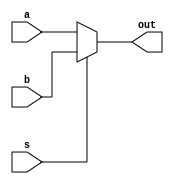
`timescale 1ns / 1ps
//////////////////////////////////////////////////////////////////////////////////
// Name: P ANUSHA 
// Name: P V S L Hari Chandana
// GROUP NO: 47
// Design Name: 
// Module Name:    processor 
// Project Name: 
// Target Devices: 
// Tool versions: 
// Description: 
//
// Dependencies: 
//
// Revision: 
// Revision 0.01 - File Created
// Additional Comments: 
//
//////////////////////////////////////////////////////////////////////////////////

module mux32bit_2_to_1(input[31:0] a, input[31:0] b, output reg[31:0] out, input s);
always@(*)
begin
  if(s)
    out = b;
  else
    out = a;
end
endmodule

module mux5bit_2_to_1(input[4:0] a, input[4:0] b, output reg[4:0] out, input s);
always@(*)
begin
  if(s)
    out = b;
  else
    out = a;
end
endmodule

//changed
module DFF(out, in, reset, clock);
	output out;
	input in;
	//input e;
	input reset;
	input clock;
	(*keep = "true"*) reg mem;
	always @(posedge clock) begin 
		if (reset == 1) 
			mem <= 1'b0; 
		else 
			mem <= in; 
	end 
	assign out = mem;
endmodule

module DFF32bit(out, in, reset, clock);
	output[31:0] out;
	input[31:0] in;
	//input e;
	input reset;
	input clock;
	(*keep = "true"*) reg mem;
	always @(posedge clock) begin 
		if (reset == 1) 
			mem <= 1'b0; 
		else 
			mem <= in; 
	end 
	assign out = mem;
endmodule

module alu(input[31:0] a, input[31:0] b, output reg[31:0] out, input[2:0] alu_cntrl,
			output reg zflag, output reg overflowflag, 
			output reg signflag, output reg carryflag
			 );
always@(*)
begin
	overflowflag =1'b0;
	zflag = 1'b0;
	signflag = 1'b0;
	carryflag = 1'b0;
case(alu_cntrl)
	3'b000: 
		begin
		out = a+b;
		overflowflag = a[31] & b[31] & ~out[31] | ~a[31] & ~b[31] & out[31];
		carryflag = a[31]^b[31]^out[31];
		zflag = (out== 0) ? 1'b1:1'b0;
		signflag = out[31];
		end
	3'b001: out= a-b;
	3'b010: 
		begin
		out = -b;
		zflag = (out== 0) ? 1'b1:1'b0;
		signflag = out[31];
		end
	3'b011: 
		begin
		out = a&b;
		zflag = (out==0) ? 1'b1:1'b0;
		signflag = out[31];
		end
	3'b100:
		begin 
		out = a^b;
		zflag = (out==0) ? 1'b1:1'b0;
		signflag = out[31];
		end
	3'b101: out = a<<b;
	3'b110: out = a>>b;
	3'b111: out = a>>>b;
	default: out = a+b;
endcase
	//signflag = out[31];
	$strobe("%t: i1= %b i2=%b alu output %b ", $time,a,b, out);
	$strobe("%t: signflag %b ", $time, signflag);
	//overflowflag = a[31] & b[31] & ~out[31] | ~a[31] & ~b[31] & out[31];
	//carryflag = a[31]^b[31]^out[31];
	
end
endmodule

module mux5bit_4_to_1(input[4:0] in1,input[4:0] in2, input[4:0] in3, output reg[4:0] out , input[1:0] sel);
always@(*)
begin
if(sel == 2'b00)
out = in1;
else if(sel == 2'b01)
out = in2;
else if(sel == 2'b10)
out = in3;
else 
out = in1;
end
endmodule


module alucontrol(input[5:0] opcode, output reg[2:0] alu_cntrl);

always@(opcode)
begin
casex(opcode)
  //6'b100xxx: alu_cntrl = 3'b001;
  //6'b101010: alu_cntrl = 3'b000;
  6'b0x0000: alu_cntrl = 3'b000; //optimise xx0000
  6'b01001x: alu_cntrl = 3'b000;
  6'b0x0001: alu_cntrl = 3'b010;
  6'b000010: alu_cntrl = 3'b011;
  6'b000011: alu_cntrl = 3'b100;
  6'b0001x0: alu_cntrl = 3'b101;
  6'b0001x1: alu_cntrl = 3'b110;
  6'b00100x: alu_cntrl = 3'b111;
  default : alu_cntrl = 3'b000;
endcase
end 
endmodule
/*
module registerBank(
 input    clk,
 // write port
 input    reg_write_en,
 //input  [4:0] reg_write_dest,
 input  [31:0] reg_write_data,
 //read port 1
 input  [4:0] reg_read_addr_1,
 output  [31:0] reg_read_data_1,
 //read port 2
 input  [4:0] reg_read_addr_2,
 output  [31:0] reg_read_data_2
);
 reg [31:0] reg_array [4:0];
 integer i;
 // write port
 //reg [2:0] i;
 initial begin
  for(i=0;i<32;i=i+1)
   reg_array[i] <= 32'd0;
 end
 always @ (posedge clk ) begin
   if(reg_write_en) begin
    reg_array[reg_write_dest] <= reg_write_data;
   end
 end
 
 assign reg_read_data_1 = reg_array[reg_read_addr_1];
 assign reg_read_data_2 = reg_array[reg_read_addr_2];

endmodule
*/
module Control_Unit(
      input[5:0] opcode,
      output reg[2:0] alu_op,
		output reg[2:0] flag,
    output reg[1:0] call,
      output reg jump,branch,mem_read,mem_write,alu_src,mem_to_reg,reg_write,ret , ra_write, add_calc 
    );


always @(*)
begin
  alu_src = 0;mem_to_reg=0;reg_write=0;mem_read=0;mem_write=0;alu_op=3'b0;jump=0;branch=0;ret=0;call=2'b00;
  add_calc=0;ra_write=0;flag=3'b000;
 case(opcode) 
 6'b010010:  // LW
   begin
    alu_src = 1'b1;
   call = 2'b10;
    mem_to_reg = 1'b1;
    reg_write = 1'b1;
    mem_read = 1'b1;
   alu_op=3'b000;
   end
 6'b010011:  // SW
   begin
    alu_src = 1'b1;
    mem_write = 1'b1;
   alu_op=3'b000;
   end
 6'b000000:  // add
   begin
    reg_write = 1'b1;
   alu_op=3'b000;
   end
 6'b000001:  // comp
   begin
    reg_write = 1'b1;
    alu_op = 3'b010;
   end
 6'b000010:  // and
   begin
    reg_write = 1'b1;
    alu_op = 3'b011;
   end
 6'b000011:  // xor
   begin
    reg_write = 1'b1;
    alu_op = 3'b100;
   end
 6'b010000:  // addi
   begin
    alu_src = 1'b1;
    reg_write = 1'b1;
   alu_op = 3'b000;
   end
 6'b010001:  // compi
   begin
    alu_src = 1'b1;
    reg_write = 1'b1;
    alu_op = 3'b010;
   end
 6'b000100:  //shll
   begin
    alu_src = 1'b1;
    reg_write = 1'b1;
    alu_op = 3'b101;
   end
 6'b000101:  // shrl
   begin
    alu_src = 1'b1;
    reg_write = 1'b1;
    alu_op = 3'b110;
   end
 6'b010001:  // shllv
   begin
    reg_write = 1'b1;
    alu_op = 3'b101;
   end
 6'b000111:  // shrlv
   begin
    reg_write = 1'b1;
    alu_op = 3'b110;
   end
 6'b001000:  // shra
   begin
    alu_src = 1'b1;
    reg_write = 1'b1;
    alu_op = 3'b111;
   end  
  6'b001001:  // shrav
   begin
    reg_write = 1'b1;
    alu_op = 3'b111;
   end 
  6'b101000:  // b
   begin
    jump = 1'b1; 
   end 
  6'b101001:  // br
   begin
   jump = 1'b1;
   add_calc = 1'b1;  
   end 
  6'b100000: //bz
  begin
    branch = 1'b1;
    flag = 3'b00;
  end
  6'b100001:   //bnz
  begin
    branch = 1'b1;
    flag = 3'b001;
  end
  6'b100010:   //bcy
  begin
    branch = 1'b1;
    flag = 3'b010;
  end
  6'b100011:   //bncy
  begin
    branch = 1'b1;
    flag = 3'b011;
  end
  6'b100100:   //bs
  begin
    branch = 1'b1;
    flag = 3'b100;
  end
  6'b100101:   //bns
  begin
    branch = 1'b1;
    flag = 3'b101;
  end
  6'b100110:   //bv
  begin
    branch = 1'b1;
    flag = 3'b110;
  end
  6'b100111:   //bnv
  begin
    branch = 1'b1;
    flag = 3'b111;
  end
  6'b101000:   //call
  begin
    jump = 1'b1;
    call = 2'b01;
    reg_write=1'b1;
    ra_write=1'b1;
  end
  6'b101011:   //ret
  begin
    jump = 1'b1;
    ret = 1'b1;
  end
 default: begin
    reg_write = 1'b1;
	 alu_op = 3'b000;
   end
 endcase
 end

endmodule

module sign_extension(input[15:0] in , output reg[31:0] out);
always@(*)
begin
 if(in[15] == 1'b0)
 out = {16'b0 , in};
 else
 out = {16'b1111111111111111,in};
 $strobe("%t: sign-extension output %b ", $time, out);
end
endmodule



module ProgramCounter(clk, reset, jump_addr, pc,sel);
	parameter	size=32;
	input		clk;
	input		reset;
	input[31:0] jump_addr;
	wire    [size-1:0] pc_next;
	output	[size-1:0]	pc;
	input 	sel;

	//	The outputs are defined as registers too
	reg	[size-1:0]	pc;
	
	initial 
	begin
		pc = -1;
	end

	mux32bit_2_to_1 M_pc(pc+1, jump_addr, pc_next, sel );


	always @(posedge clk)
	begin
		if (reset)
			pc = -1;
		else
			pc = pc_next; //pc_next is mux output
	end

	always @(posedge clk)
	begin
		$strobe("%3d: PC: %d ", $time,pc);
	end
endmodule
//

module RegisterFile(clk, reset,
							reg_write, 
							read_reg_1,read_reg_2,
							write_register,
							write_data,
							read_data_1,read_data_2);

	 parameter size=32;
	 input    clk;
	 input    reset;

	 // write port
	 input  reg_write;
	 input  [4:0] write_register;
	 input  [size-1:0] write_data;

	 //read port 1
	 input  [4:0]  read_reg_1;
	 output   [size-1:0] read_data_1;

	 //read port 2
	 input  [4:0]  read_reg_2;
	 output  [size-1:0] read_data_2;

	 reg [size-1:0] RF [size-1:0] ;
	 
	
	 integer i,j;
	 // write port

	 assign read_data_2 = RF[read_reg_2];
	 assign read_data_1 = RF[read_reg_1];
//

	 always @(posedge clk )
	 begin
		if (reset)
		begin
			for(i=0;i<size;i=i+1)
				RF[i] = 32'b00000000000000000000000000000000;
		end
		if(reg_write) 
		begin
		   RF[write_register] = write_data;
		   $display("%t: Write_reg %d Write Data %b", $time, write_register, write_data);
		end
	 end
		//assign RF[30] = 32'b0; 
		//$strobe("%t: Read Values1 RF(%d)  %b ", $time, read_reg_1, read_data_1);
		//$strobe("%t: Read Values2 RF(%d)  %b ", $time, read_reg_2, read_data_2);
	/*
	 always @(clk)
	 begin
		$strobe("%t: Read Values1 RF(%d)  %b ", $time, read_reg_1, read_data_1);
		$strobe("%t: Read Values2 RF(%d)  %b ", $time, read_reg_2, read_data_2);
		$strobe("%t: RF(%d)  %b ", $time,0, RF[0]);
		$strobe("%t: RF(%d)  %b ", $time,1, RF[1]);
		$strobe("%t: RF(%d)  %b ", $time,2, RF[2]);
		//$strobe("%t: RF(%d)  %b \n\n", $time,31, RF[31]);
	 end
	 */
endmodule


module instructionMemory(PC,dataOut,reset);
	input[31:0] PC;
	input reset;
	
	output wire[31:0]  dataOut;
	reg[31:0] memory[0:63];

	assign dataOut = memory[PC];

	always @(*)
	begin
		if(reset == 1'b1) begin
			/*memory[0] = 32'b01001000000000010000000000000000;
			//memory[1] = 32'b01001000000000100000000000000001;
			memory[2] = 32'b01000000001000001111111111111111;
			memory[3] = 32'b01001100000000010000000000000010;*/
			//memory[4] = 32'b00001000010000010000000000000000;
			//memory[5] = 32'b01001100000000100000000000000011;
			//memory[4] = 32'b10100000000000000000000000000110;
			//memory[6] = 32'b01000000010000000000000000000011;
			//memory[7] = 32'b01001100000000100000000000000100;
			
			
			memory[0] = {6'b010010, 5'b11110, 5'b00111, 16'b0000000000000001};
			memory[1] = {6'b010010, 5'b11110, 5'b00000, 16'b0000000000000000};
			memory[2] = {6'b010000, 5'b00000, 5'b00000, 16'b0000000000000001};//this is loop1
			memory[3] = {6'b000001, 5'b01000, 5'b00111, 16'b0000000000000000};
			memory[4] = {6'b010010, 5'b11110, 5'b01001, 16'b0000000000000000};
			
			memory[5] = {6'b000011, 5'b01001, 5'b00000, 16'b0000000000000000};
			memory[6] = {6'b000000, 5'b01001, 5'b01000, 16'b0000000000000000};
			memory[7] = {6'b100100, 10'b0, 16'b1010};  //label1
			memory[8] = {6'b000011, 5'b01001, 5'b11110, 16'b0000000000000000};
			memory[9] = {6'b100001, 10'b0, 16'b100001}; //goto end
			memory[10] = {6'b010010, 5'b11110, 5'b00001, 16'b0000000000000000};//this is label1
			memory[11] = {6'b000000, 5'b00001, 5'b00111, 16'b0000000000000000};
			memory[12] = {6'b000001, 5'b01010, 5'b00001, 16'b0000000000000000};//this is loop2
			memory[13] = {6'b010010, 5'b11110, 5'b01011, 16'b0000000000000000};
			memory[14] = {6'b000011, 5'b01011, 5'b00000, 16'b0000000000000000};
			
			memory[15] = {6'b000000, 5'b01011, 5'b01010, 16'b0000000000000000};
			memory[16] = {6'b100101, 10'b0,16'b10}; //goto loop1
			
			memory[17] = {6'b010000, 5'b00001, 5'b00000, 16'b1111111111111111};
			memory[18] = {6'b010010, 5'b11110, 5'b00100, 16'b0 };
			
			memory[19] = {6'b000011, 5'b00100, 5'b00001, 16'b0000000000000000};
			
			memory[20] = {6'b010010, 5'b11110, 5'b00011, 16'b0000000000000000};
			memory[21] = {6'b000011, 5'b00011, 5'b00100, 16'b0000000000000000};
			
			memory[22] = {6'b010000, 5'b00011, 5'b00000, 16'b1111111111111111};
			
			//memory[22] = {6'b010000, 5'b00100, 5'b00000, 16'b0000000000000010};
			//memory[23] = {6'b010000, 5'b00011, 5'b00000, 16'b0000000000000010};
			
			memory[23] = {6'b010010, 5'b00100, 5'b00101, 16'b0000000000000010};
			memory[24] = {6'b010010, 5'b00011, 5'b00110, 16'b0000000000000010};
			
			memory[25] = {6'b000001, 5'b01000, 5'b00110, 16'b0000000000000000};
			memory[26] = {6'b010010, 5'b11110, 5'b01001, 16'b0000000000000000};
			memory[27] = {6'b000011, 5'b01001, 5'b00101, 16'b0000000000000000};
		
			memory[28] = {6'b000000, 5'b01001, 5'b01000, 16'b0000000000000000};
			memory[29] = {6'b100101, 10'b0, 16'b1100}; //goto loop2
			
			memory[30] = {6'b010011, 5'b00011, 5'b00101, 16'b0000000000000010}; //swap	
			memory[31] = {6'b010011, 5'b00100, 5'b00110, 16'b0000000000000010};
			
			memory[32] = {6'b101000, 10'b0, 16'b1100}; //goto loop2
			memory[33] = {6'b000000, 5'b00000, 5'b00000, 16'b0000000000000000};	//this is end	
				
		end
	end
	always@(*)
	begin
	$strobe("instruction: %b",dataOut);
	end
	
endmodule


module dataMemory(clk, Addr,dataOut,reset,dataIn,memwrite);
	input[31:0] Addr;
	input clk;
	input memwrite;
	input reset;
	input[31:0] dataIn;
	output wire[31:0]  dataOut;
	reg[31:0] memory[0:63];

	assign dataOut = memory[Addr];
	always @(posedge clk) begin
		if(reset == 1'b1) begin
		
			memory[0] = 32'b00000000000000000000000000000000;
			memory[1] = 32'b00000000000000000000000000001000;
			memory[2] = 32'b00000000000000000000000000001000;
			memory[3] = 32'b00000000000000000000000000000010;
			memory[4] = 32'b00000000000000000000000000000001;
			memory[5] = 32'b00000000000000000000000000001001;
			memory[6] = 32'b00000000000000000000000000001100;
			memory[7] = 32'b00000000000000000000000000010010;
			memory[8] = 32'b00000000000000000000000000000011;
			memory[9] = 32'b00000000000000000000000000001110;
			
			//memory[0] = 32'b00000000000000000000000000000100;
			//memory[1] = 32'b00000000000000000000000000000100;
			//memory[2] = 32'b00000000000000000000000000000100;
	
		end
		else if(memwrite==1'b1)
		begin
			memory[Addr] = dataIn;
			$strobe("%t: datamemory %b %b",$time, Addr, dataIn);
		end
	end

endmodule

module Processor(clk,rst,out);
	input clk;
	input rst;
	output[31:0] out;
	
	wire[31:0] instruction;
	wire[31:0] pc;
	wire[4:0] read_reg_1_in;
	wire[4:0] read_reg_2_in;
	//reg[4:0] ra;
	wire[4:0] write_register;
	wire[31:0] jump_addr;
	wire[31:0] branch_addr;
	wire[31:0] imm32;

	wire[31:0] read_data_1;
	wire[31:0] read_data_2;
	wire[31:0] read_data_dm;

	wire zflag;
	wire overflowflag;
	wire carryflag; 
	wire signflag;
	
	wire z_flag;
	wire overflow_flag;
	wire carry_flag; 
	wire sign_flag;
	
	wire[2:0] alu_op;
	wire jump,branch,mem_read,mem_write,alu_src,mem_to_reg,reg_write,ret , ra_write, add_calc;
	wire[2:0] flag;
	wire [1:0] call;
	
	wire and_out;
	wire or_output;
	wire zero;
	
	wire[31:0] data_out;
	wire[31:0] write_data;
	wire[31:0] alu_out;
	wire[31:0] alu_out1;
	wire[31:0] alu_input2;

	assign out = data_out;
	
	assign branch_addr = {pc[31:26], instruction[25:0]}; // pc+4
	mux32bit_2_to_1 M1( branch_addr, read_data_1,  jump_addr,add_calc);
	
	assign zero = (flag == 3'b000 && zflag==1) ? 1'b1 : 1'b0   |  (flag == 3'b001 && zflag==0) ? 1'b1 : 1'b0  |  
	(flag == 3'b010 && carryflag==1) ? 1'b1 : 1'b0 |  (flag == 3'b011 && carryflag==0) ? 1'b1 : 1'b0 |  
	(flag == 3'b100 && signflag==1) ? 1'b1 : 1'b0 |  (flag == 3'b101 && signflag==0) ? 1'b1 : 1'b0 |  
	(flag == 3'b110 && overflowflag==1) ? 1'b1 : 1'b0 |  (flag == 3'b111 && overflowflag==0) ? 1'b1 : 1'b0  ;
	

	ProgramCounter P(clk, rst, jump_addr, pc,or_output);

	mux5bit_2_to_1 M2(instruction[25:21], 5'b11111,  read_reg_1_in,ret);
	assign read_reg_2_in = instruction[20:16];

	mux5bit_4_to_1 m3(instruction[25:21], 5'b11111,instruction[20:16], write_register,call );
	mux32bit_2_to_1 m4(  data_out , pc+32'b100, write_data,ra_write);
   mux32bit_2_to_1 m5(alu_out, read_data_dm, data_out,mem_to_reg);


	RegisterFile rf(clk, rst,
							reg_write, 
							read_reg_1_in,read_reg_2_in,
							write_register,
							write_data,
							read_data_1,read_data_2);

	assign and_out = branch & zero;
	assign or_output = jump | and_out;

	
	instructionMemory Instr_Mem(pc,instruction,rst);
	dataMemory data_memory (clk, alu_out,read_data_dm,rst,read_data_2,mem_write);
	
	
	
    mux32bit_2_to_1 m2(read_data_2,imm32 ,alu_input2, alu_src );
    sign_extension  s1(instruction[15:0],imm32);

	alu a( read_data_1, alu_input2, alu_out, alu_op, z_flag, overflow_flag, sign_flag, carry_flag);
	
	//DFF32bit d5(alu_out,alu_out1,rst,clk);
	DFF d1(zflag, z_flag, rst, clk);
	DFF d2(overflowflag, overflow_flag, rst, clk);
	DFF d3(signflag, sign_flag, rst, clk);
	DFF d4(carryflag, carry_flag, rst, clk);
	//alucontrol A1(instruction[31:26], alu_cntrl);
	
	Control_Unit c1(
     instruction[31:26],
       alu_op,
		 flag,
       call,
      jump,branch,mem_read,mem_write,alu_src,mem_to_reg,reg_write,ret , ra_write, add_calc 
    );
	//If write enable (WE) is high, the data at DIN will be written in the adressed memory.
	//If write enable (WE) is high, the data at DIN will be written in the adressed memory.
	
	

endmodule